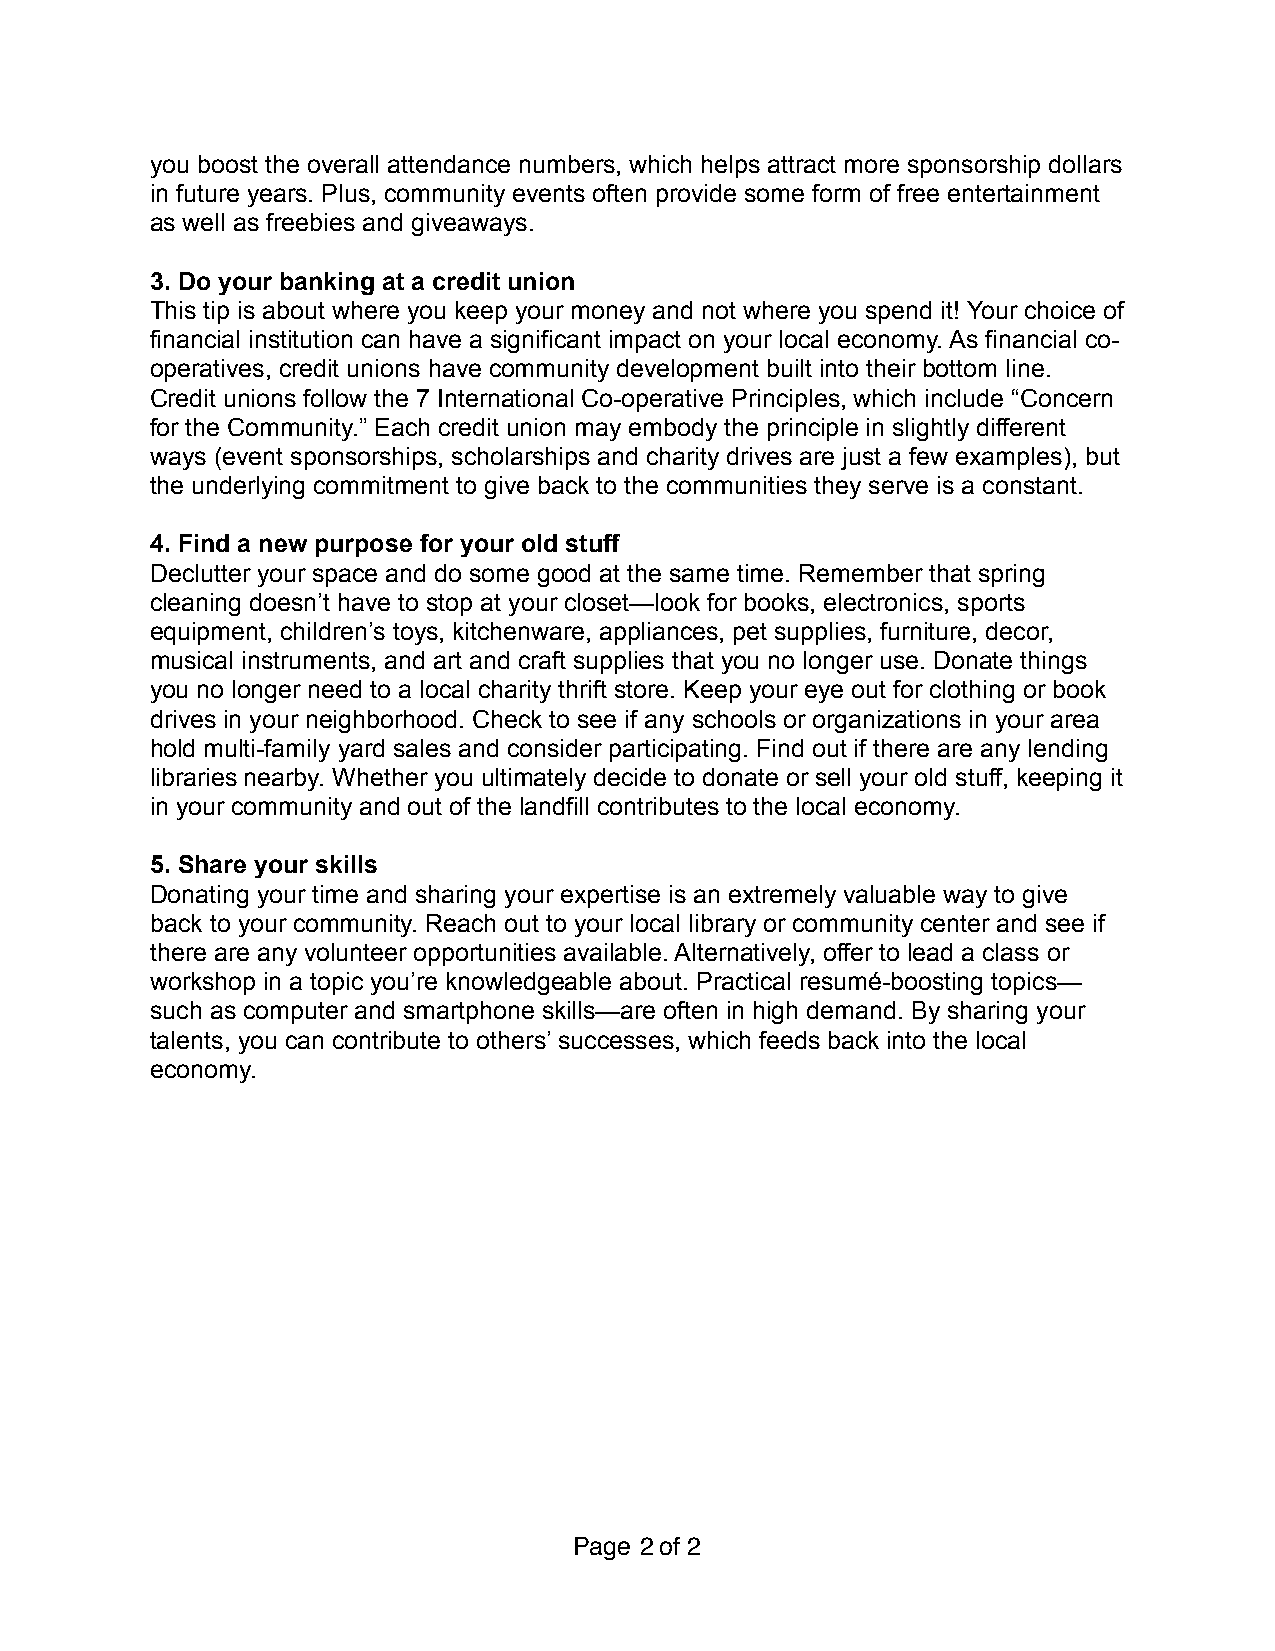
you boost the overall attendance numbers, which helps attract more sponsorship dollars
 in future years. Plus, community events often provide some form of free entertainment
 as well as freebies and giveaways.
 3. Do your banking at a credit union
 This tip is about where you keep your money and not where you spend it! Your choice of
 financial institution can have a significant impact on your local economy. As financial co-
 operatives, credit unions have community development built into their bottom line.
 Credit unions follow the 7 International Co-operative Principles, which include “Concern
 for the Community.” Each credit union may embody the principle in slightly different
 ways (event sponsorships, scholarships and charity drives are just a few examples), but
 the underlying commitment to give back to the communities they serve is a constant.
 4. Find a new purpose for your old stuff
 Declutter your space and do some good at the same time. Remember that spring
 cleaning doesn’t have to stop at your closet—look for books, electronics, sports
 equipment, children’s toys, kitchenware, appliances, pet supplies, furniture, decor,
 musical instruments, and art and craft supplies that you no longer use. Donate things
 you no longer need to a local charity thrift store. Keep your eye out for clothing or book
 drives in your neighborhood. Check to see if any schools or organizations in your area
 hold multi-family yard sales and consider participating. Find out if there are any lending
 libraries nearby. Whether you ultimately decide to donate or sell your old stuff, keeping it
 in your community and out of the landfill contributes to the local economy.
 5. Share your skills
 Donating your time and sharing your expertise is an extremely valuable way to give
 back to your community. Reach out to your local library or community center and see if
 there are any volunteer opportunities available. Alternatively, offer to lead a class or
 workshop in a topic you’re knowledgeable about. Practical resumé-boosting topics—
 such as computer and smartphone skills—are often in high demand. By sharing your
 talents, you can contribute to others’ successes, which feeds back into the local
 economy.
 Page 2 of 2